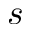
s